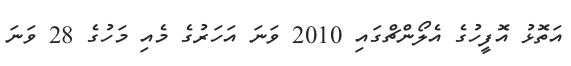
އަތޮޅު އޮފީހުގެ އެލޯންޗްގައި 2010 ވަނަ އަހަރުގެ މެއި މަހުގެ 28 ވަނަ